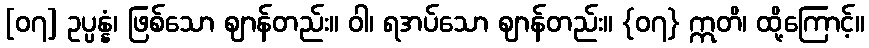
[၀၇] ဥပ္ပန္နံ၊ ဖြစ်သော ဈာန်တည်း။ ဝါ၊ ရအပ်သော ဈာန်တည်း။ {၀၇} ဣတိ၊ ထို့ကြောင့်။